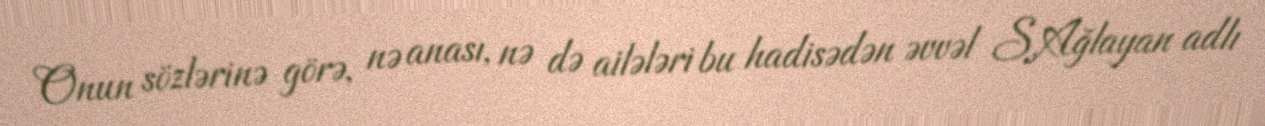
Onun sözlərinə görə, nə anası, nə də ailələri bu hadisədən əvvəl S.Ağlayan adlı